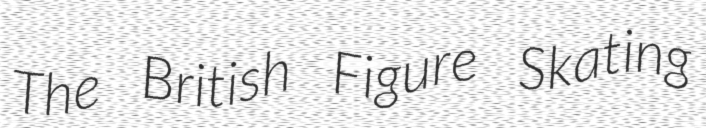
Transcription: The British Figure Skating